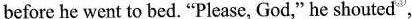
before he went to bed. "Please, God,"he \underline{shouted}③,